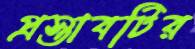
প্রস্তাবটির